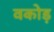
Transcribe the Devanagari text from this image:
वकोड़